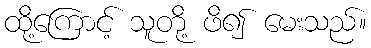
ထို့ကြောင့် သူတို့ ဖိ၍ မေးသည်။